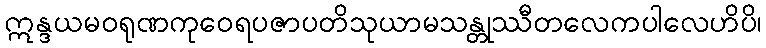
ဣန္ဒယမဝရုဏကုဝေရပဇာပတိသုယာမသန္တုဿီတလေကပါလေဟိပိ၊